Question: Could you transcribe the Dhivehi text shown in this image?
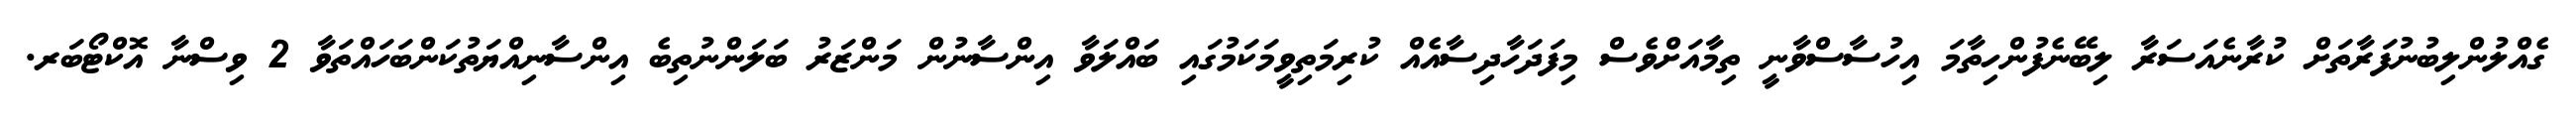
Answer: ގެއްލުންލިބުނުފަރާތަށް ކުރާނެއަސަރާ ލިބޭނެފުންހިތާމަ އިހުސާސްވާނީ ތިމާއަށްވެސް މިފަދަހާދިސާއެއް ކުރިމަތިވީމަކަމުގައި ބައްލަވާ އިންސާނުން މަންޒަރު ބަލަންނުތިބެ އިންސާނިއްޔަތުކަންބަހައްތަވާ 2 ވިސްނާ އޮކްޓޯބަރ.